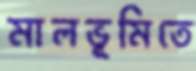
মালভূমিতে